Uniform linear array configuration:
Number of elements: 24
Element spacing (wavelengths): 0.5
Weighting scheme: kaiser
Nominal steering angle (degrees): -30
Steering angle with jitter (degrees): -29.787
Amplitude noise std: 0.05
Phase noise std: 0.05

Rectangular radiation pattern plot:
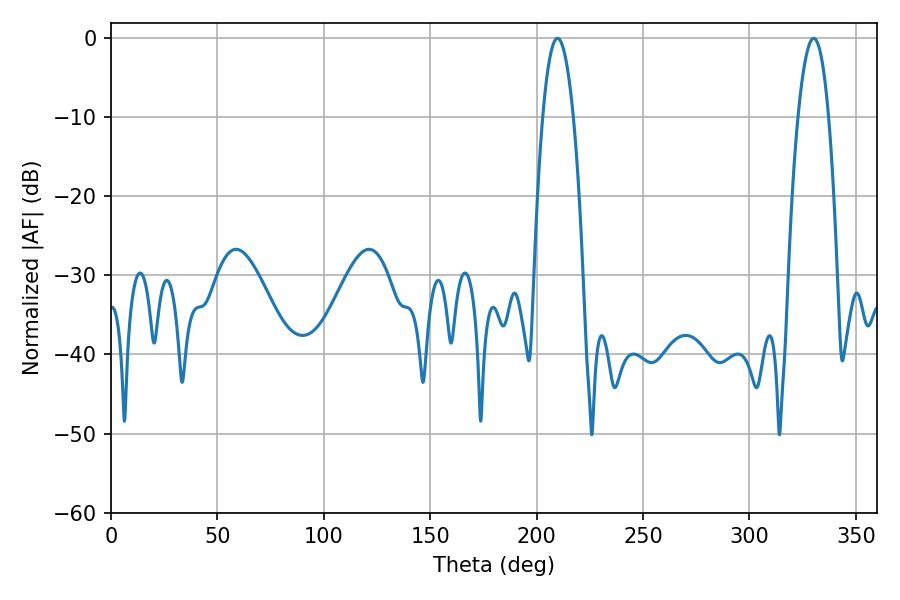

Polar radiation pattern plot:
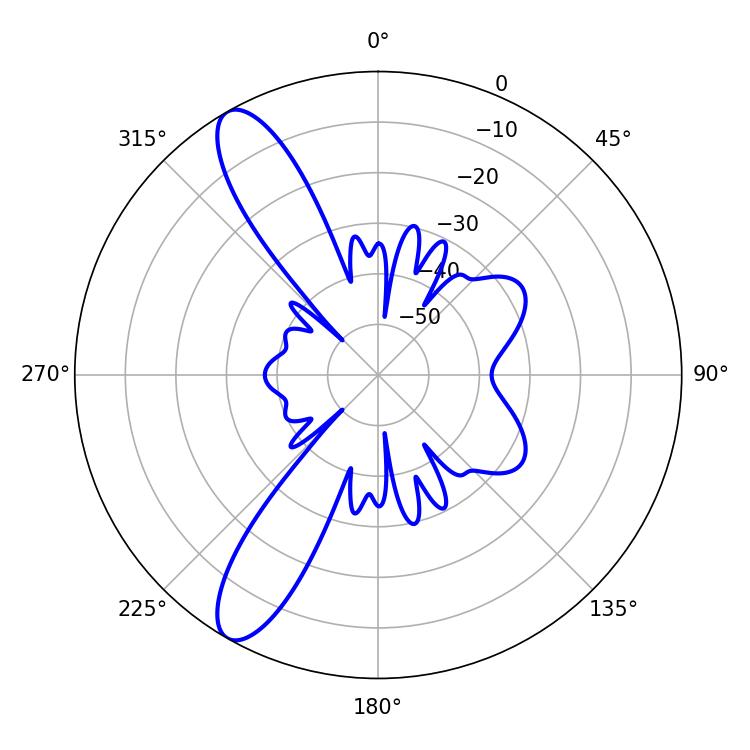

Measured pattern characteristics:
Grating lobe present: FALSE
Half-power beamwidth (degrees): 7.92
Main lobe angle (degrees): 330.12